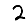
Digit: 2